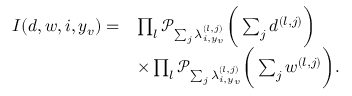
\begin{array} { r l } { I ( d , w , i , y _ { v } ) = } & { \prod _ { l } \mathcal { P } _ { \sum _ { j } { \lambda _ { i , y _ { v } } ^ { ( l , j ) } } } \bigg ( \sum _ { j } { d ^ { ( l , j ) } } \bigg ) } \\ & { \times \prod _ { l } \mathcal { P } _ { \sum _ { j } { \lambda _ { i , y _ { v } } ^ { ( l , j ) } } } \bigg ( \sum _ { j } { w ^ { ( l , j ) } } \bigg ) . } \end{array}